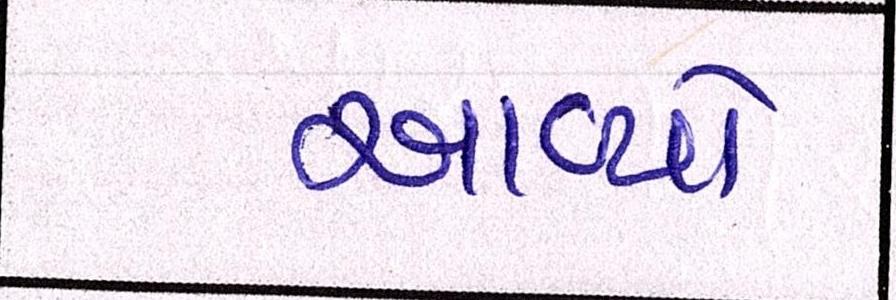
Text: આવ્યો